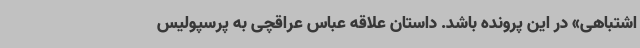
اشتباهی» در این پرونده باشد. داستان علاقه عباس عراقچی به پرسپولیس